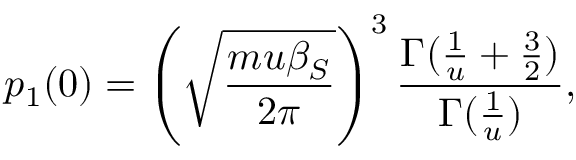
p _ { 1 } ( 0 ) = \left( \sqrt { \frac { m u \beta _ { S } } { 2 \pi } } \right) ^ { 3 } \frac { \Gamma ( \frac { 1 } { u } + \frac { 3 } { 2 } ) } { \Gamma ( \frac { 1 } { u } ) } ,